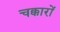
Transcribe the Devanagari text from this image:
चक्कारों